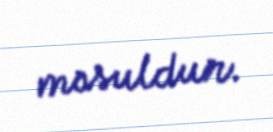
məsuldur.